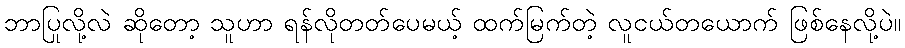
ဘာပြုလို့လဲ ဆိုတော့ သူဟာ ရန်လိုတတ်ပေမယ့် ထက်မြက်တဲ့ လူငယ်တယောက် ဖြစ်နေလို့ပဲ။